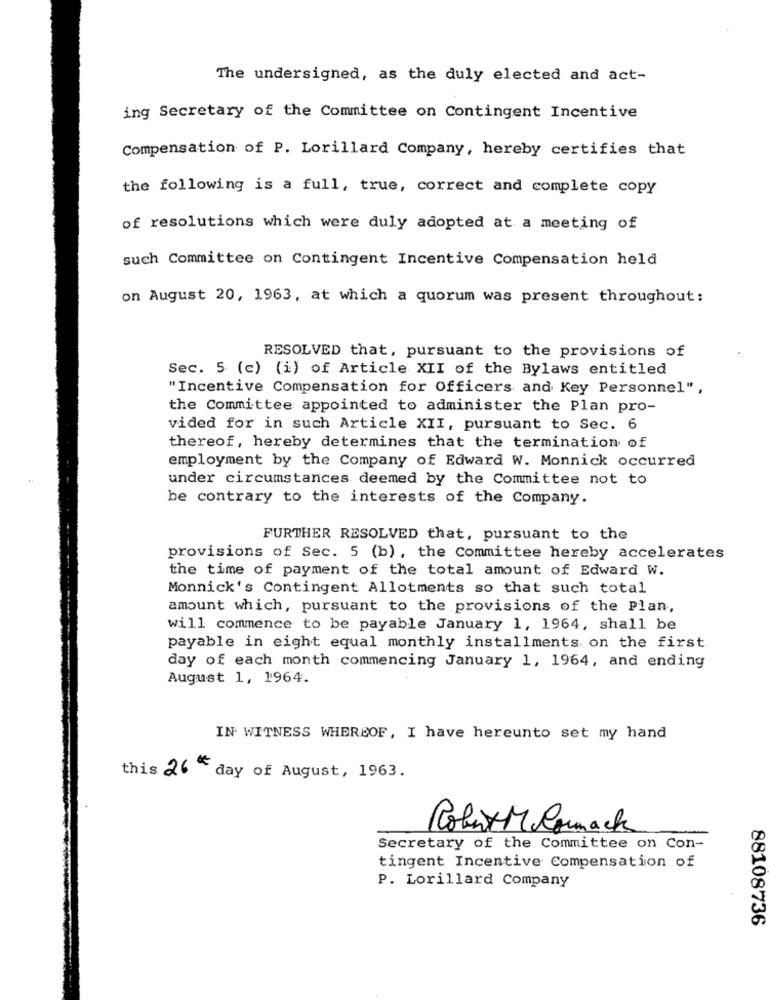
The undersigned, as the duly elected and act-
ing Secretary of the Committee on Contingent Incentive
Compensation of P. Lorillard Company, hereby certifies that
the following is a full, true, correct and complete copy
of resolutions which were duly adopted at a meeting of
such Committee on Contingent Incentive Compensation held
on August 20, 1963, at which a quorum was present throughout:
RESOLVED that, pursuant to the provisions of
Sec. 5 (c) (i) of Article XII of the Bylaws entitled
"Incentive Compensation for Officers and Key Personnel",
the Committee appointed to administer the Plan pro-
vided for in such Article XII, pursuant to Sec. 6
thereof, hereby determines that the termination of
employment by the Company of Edward W. Monnick occurred
under circumstances deemed by the Committee not to
be contrary to the interests of the Company.
FURTHER RESOLVED that, pursuant to the
provisions of Sec. 5 (b), the Committee hereby accelerates
the time of payment of the total amount of Edward W.
Monnick's Contingent Allotments so that such total
amount which, pursuant to the provisions of the Plan,
will commence to be payable January 1, 1964, shall be
payable in eight equal monthly installments on the first
day of each month commencing January 1, 1964, and ending
August 1, 1964.
IN WITNESS WHEREOF, I have hereunto set my hand
this 26 th day of August, 1963.
Robert M Comack
Secretary of the Committee on Con-
tingent Incentive Compensation of
P. Lorillard Company
88108736